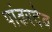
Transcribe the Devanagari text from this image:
पांढरदेव